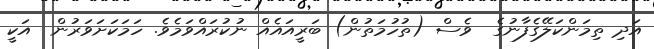
އަދި ތިމަންކަލޭގެފާނުގެ  ވެސް (ތުހުމަތުން) ބަރީއައެއް ނުކުރައްވަމެވެ. ހަމަކަށަވަރުން  އަކީ